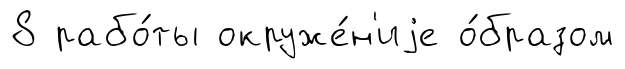
8 рабо́ты окруже́н'иjе о́бразом